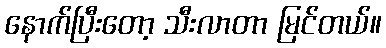
နောက်ပြီးတော့ သီးလာတာ မြင်တယ်။